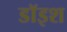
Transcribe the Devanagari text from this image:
डॉइश